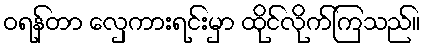
ဝရန်တာ လှေကားရင်းမှာ ထိုင်လိုက်ကြသည်။